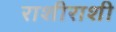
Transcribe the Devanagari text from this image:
राशीराशी